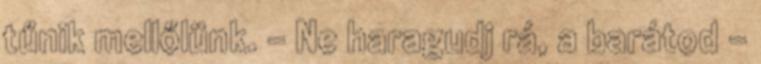
tűnik mellőlünk. - Ne haragudj rá, a barátod -